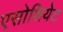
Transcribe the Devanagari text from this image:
एसोशियेट